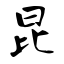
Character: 昆